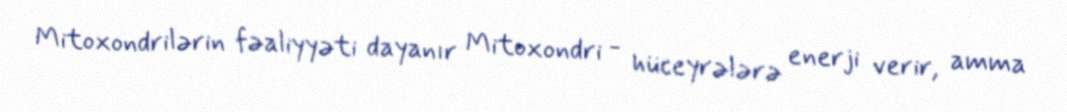
Mitoxondrilərin fəaliyyəti dayanır Mitoxondri - hüceyrələrə enerji verir, amma